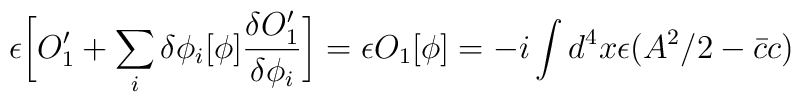
\epsilon\biggl[O_1^\prime+\sum_i\delta\phi_i[\phi]{\delta O_1^\prime\over{\delta\phi_i}}\biggr]=\epsilon O_1[\phi]=-i\int d^4x\epsilon(A^2/2-{\bar c}c)